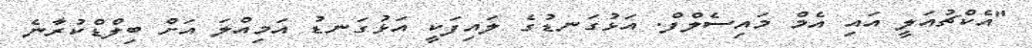
"އެކްޗުއަލީ އައި އެމް މައިސެލްފް. އަޅުގަނޑުގެ ލައިފަކީ އަޅުގަނޑު އަމިއްލަ އަށް ބިލްޑްކުރާނެ